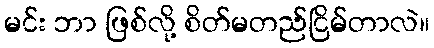
မင်း ဘာ ဖြစ်လို့ စိတ်မတည်ငြိမ်တာလဲ။